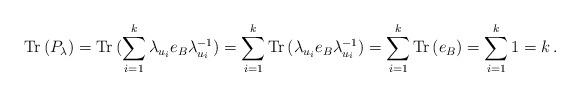
LaTeX: \begin{align*}{\rm Tr\,}(P_\lambda)={\rm Tr\,}(\sum_{i=1}^k \lambda_{u_i} e_B\lambda_{u_i}^{-1})=\sum_{i=1}^k {\rm Tr\,}(\lambda_{u_i} e_B\lambda_{u_i}^{-1})=\sum_{i=1}^k {\rm Tr\,}(e_B)=\sum_{i=1}^k 1 =k\, .\end{align*}